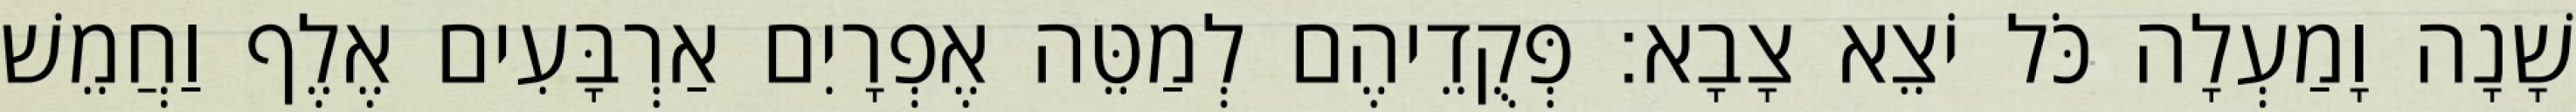
שָׁנָה וָמַעְלָה כֹּל יֹצֵא צָבָא׃ פְּקֻדֵיהֶם לְמַטֵּה אֶפְרָיִם אַרְבָּעִים אֶלֶף וַחֲמֵשׁ